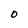
Character: O